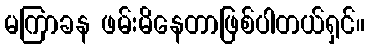
မကြာခန ဖမ်းမိနေတာဖြစ်ပါတယ်ရှင်။